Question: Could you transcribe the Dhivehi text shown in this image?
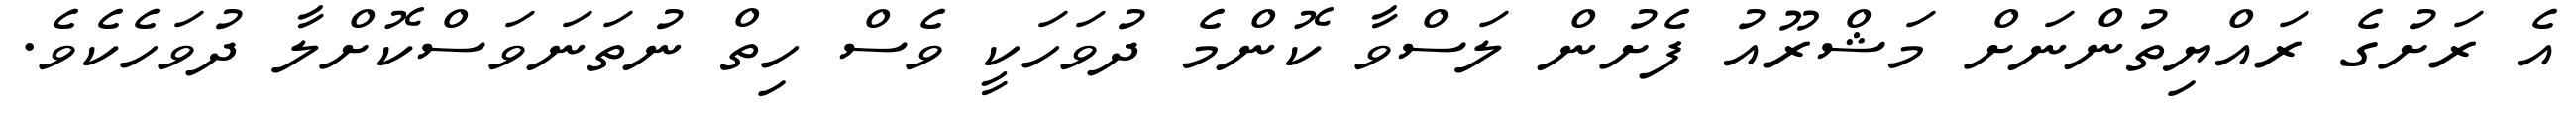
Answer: އެ ރަށުގެ ރައްޔިތުންނަށް މަޝްރޫއު ފެށުން ލަސްވާ ކޮންމެ ދުވަހަކީ ވެސް ހިތް ނުތަނަވަސްކޮށްލާ ދުވަހެކެވެ.